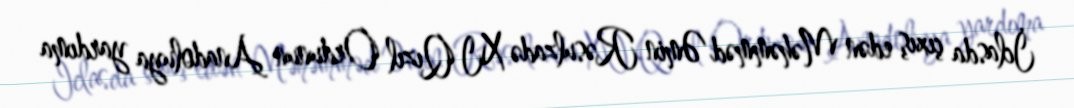
İclasda çıxış edən Məhəmməd Əmin Rəsulzadə XI Qızıl Ordunun Anadoluya yardıma